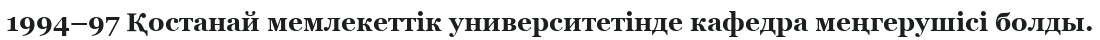
1994–97 Қостанай мемлекеттік университетінде кафедра меңгерушісі болды.